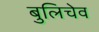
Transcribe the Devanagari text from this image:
बुलिचेव